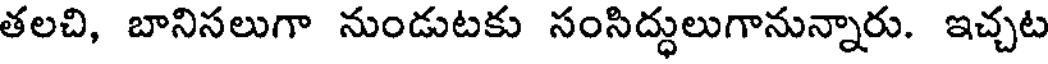
తలచి, బానిసలుగా నుండుటకు సంసిద్భలుగానున్నారు. ఇచ్చట